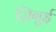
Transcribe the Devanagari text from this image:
ज़िगुई